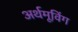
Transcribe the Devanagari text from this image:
अर्थमूविंग